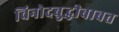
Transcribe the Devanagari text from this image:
विनोदबुद्धीबाबत